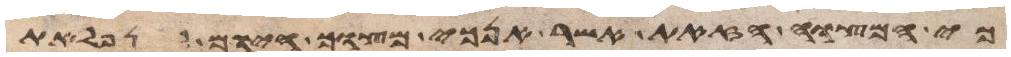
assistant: כי המצוה הזאת אשר אנכי מצוך היום לא נפלאת